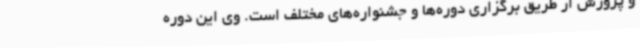
و پرورش از طریق برگزاری دوره‌ها و جشنواره‌های مختلف است. وی این دوره